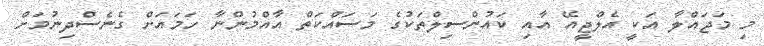
މި މަޖައްލާ އަކީ އެލްޖީއޭ އާއި ކައުންސިލްތަކުގެ މަސައްކަތް އާއްމުންނާ ހަމައަށް ގެނެސްދިނުމަށް